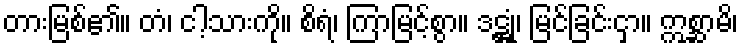
တားမြစ်၏။ တံ၊ ငါ့သားကို။ စိရံ၊ ကြာမြင့်စွာ။ ဒဋ္ဌုံ၊ မြင်ခြင်းငှာ။ ဣစ္ဆာမိ၊